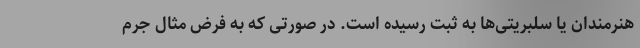
هنرمندان یا سلبریتی‌ها به ثبت رسیده است. در صورتی که به فرض مثال جرم